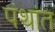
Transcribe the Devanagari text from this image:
पंथांत